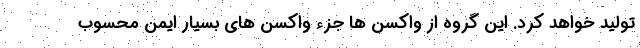
تولید خواهد کرد. این گروه از واکسن ها جزء واکسن های بسیار ایمن محسوب